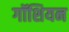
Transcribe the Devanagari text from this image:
गॉशियन